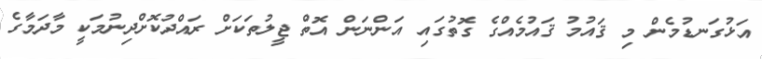
އަޅުގަނޑުމެން މި ޤައުމު ޤައުމެއްގެ ގޮތުގައި އަންނަން އޮތް ޖީލުތަކަށް ރައްދުކޮށްދިނުމަކީ މާދަމާގެ